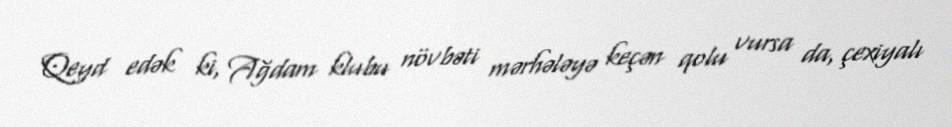
Qeyd edək ki, Ağdam klubu növbəti mərhələyə keçən qolu vursa da, çexiyalı